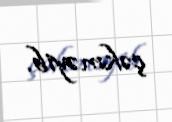
çəkməyib.